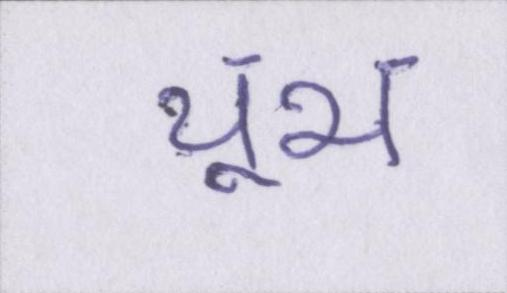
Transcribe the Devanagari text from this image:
चूभ